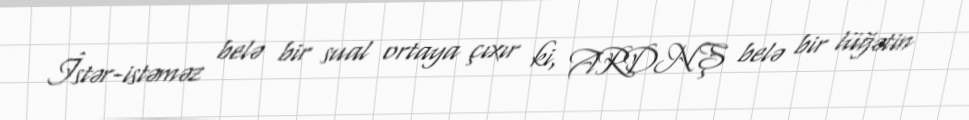
İstər-istəməz belə bir sual ortaya çıxır ki, ARDNŞ belə bir lüğətin